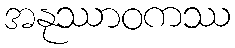
အနုဿာဝကဿ